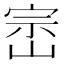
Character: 崈